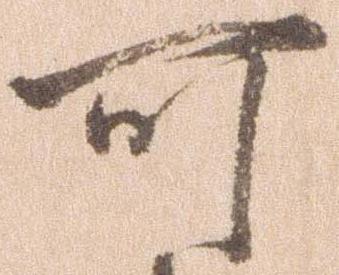
可